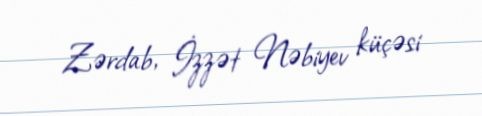
Zərdab, İzzət Nəbiyev küçəsi